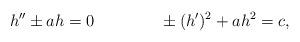
LaTeX: \begin{align*}h''\pm ah=0\qquad\qquad\pm (h')^{2}+ah^{2}=c, \end{align*}